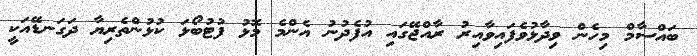
ބައްސާމް މިހެން ވިދާޅުވެފައިވާއިރު ރާއްޖޭގައި އުފެދުނު އެންމެ މޮޅު ފުޓުބޯޅަ ކުޅުންތެރިޔާ ދަގަނޑޭއަކީ